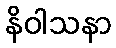
နိဝါသနာ